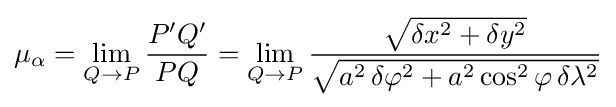
\mu _{\alpha }=\lim _{Q\to P}{\frac {P'Q'}{PQ}}=\lim _{Q\to P}{\frac {\sqrt {\delta x^{2}+\delta y^{2}}}{\sqrt {a^{2}\,\delta \varphi ^{2}+a^{2}\cos ^{2}\varphi \,\delta \lambda ^{2}}}}